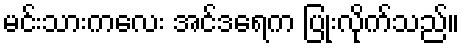
မင်းသားကလေး အင်ဒရေက ပြုံးလိုက်သည်။